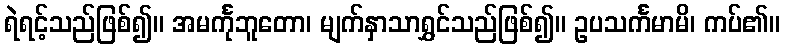
ရဲရင့်သည်ဖြစ်၍။ အမင်္ကုဘူတော၊ မျက်နှာသာရွှင်သည်ဖြစ်၍။ ဥပသင်္ကမာမိ၊ ကပ်၏။